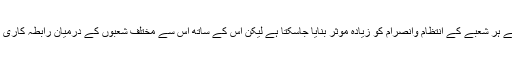
الگ الگ وزارتوں کے قیام سے ہر شعبے کے انتظام وانصرام کو زیادہ موثر بنایا جاسکتا ہے لیکن اس کے ساتھ اس سے مختلف شعبوں کے درمیان رابطہ کاری زیادہ مشکل بھی ہوسکتی ہے۔